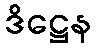
ဒိဋ္ဌေန